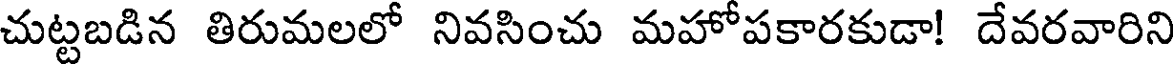
చుట్టబడిన తిరుమలలో నివసించు మహోపకారకుడా! దేవరవారిని